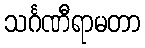
သင်္ဂဏီရာမတာ